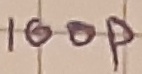
Text: 100p